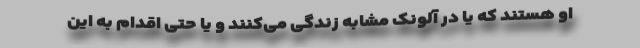
او هستند که یا در آلونک مشابه زندگی می‌کنند و یا حتی اقدام به این